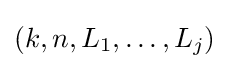
(k,n,L_{1},\ldots ,L_{j})